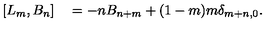
[ L _ { m } , B _ { n } ] \quad = - n B _ { n + m } + ( 1 - m ) m \delta _ { m + n , 0 } .